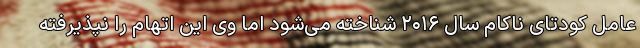
عامل کودتای ناکام سال ۲۰۱۶ شناخته می‌شود اما وی این اتهام را نپذیرفته